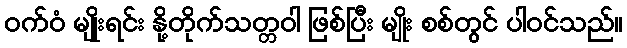
ဝက်ဝံ မျိုးရင်း နို့တိုက်သတ္တဝါ ဖြစ်ပြီး မျိုး စစ်တွင် ပါဝင်သည်။